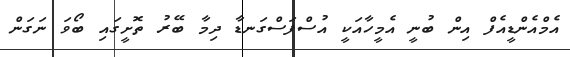
އެމްއެންޑީއެފް އިން ބުނީ އެމީހާއަކީ އުސްފަސްގަނޑާ ދިމާ ބޭރު ތޮށީގައި ބޯވަ ނަގަން